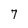
Character: 7